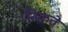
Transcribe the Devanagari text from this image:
निकते